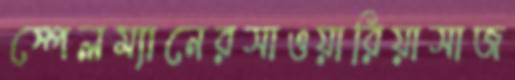
স্পেলম্যানেরসাওয়ারিয়াসাজ